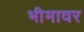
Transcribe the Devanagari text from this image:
भीमावर